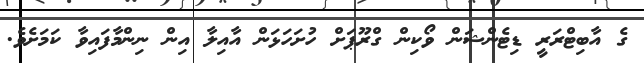
ގެ އާބިޓްރަރީ ޑިޓެންޝަން ވޯކިން ގްރޫޕަށް ހުށަހަޅަން އާއިލާ އިން ނިންމާފައިވާ ކަމަށެވެ.